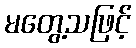
မတွေ့သဖြင့်